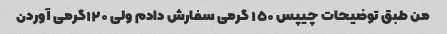
من طبق توضیحات چیپس ۱۵۰ گرمی سفارش دادم ولی ۱۲۰گرمی آوردن